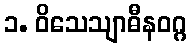
၁. ဝိသေသျာဓီနဝဂ္ဂ